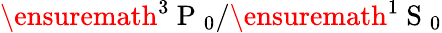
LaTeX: \ensuremath{{^3\mathrm{~P~}_{0}}}/\ensuremath{{^1\mathrm{~S~}_{0}}}